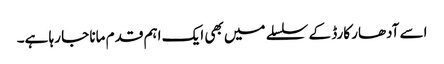
اسے آدھار کارڈ کے سلسلے میں بھی ایک اہم قدم مانا جا رہا ہے۔